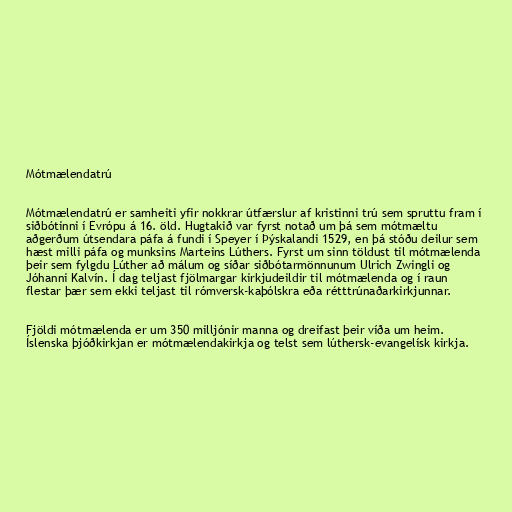
Mótmælendatrú

Mótmælendatrú er samheiti yfir nokkrar útfærslur af kristinni trú sem spruttu fram í
siðbótinni í Evrópu á 16. öld. Hugtakið var fyrst notað um þá sem mótmæltu
aðgerðum útsendara páfa á fundi í Speyer í Þýskalandi 1529, en þá stóðu deilur sem
hæst milli páfa og munksins Marteins Lúthers. Fyrst um sinn töldust til mótmælenda
þeir sem fylgdu Lúther að málum og síðar siðbótarmönnunum Ulrich Zwingli og
Jóhanni Kalvín. Í dag teljast fjölmargar kirkjudeildir til mótmælenda og í raun
flestar þær sem ekki teljast til rómversk-kaþólskra eða rétttrúnaðarkirkjunnar.

Fjöldi mótmælenda er um 350 milljónir manna og dreifast þeir víða um heim.
Íslenska þjóðkirkjan er mótmælendakirkja og telst sem lúthersk-evangelísk kirkja.